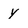
Character: y